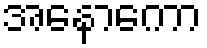
အနောကော